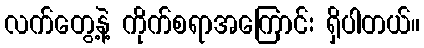
လက်တွေ့နဲ့ ကိုက်စရာအကြောင်း ရှိပါတယ်။